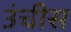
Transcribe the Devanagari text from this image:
उंचीस